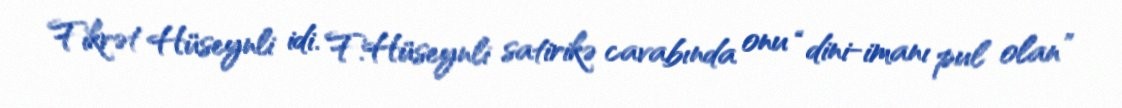
Fikrət Hüseynli idi. F.Hüseynli satirikə cavabında onu “dini-imanı pul olan”